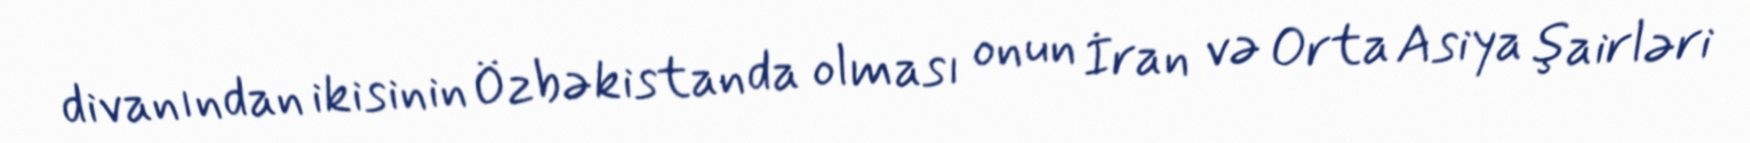
divanından ikisinin Özbəkistanda olması onun İran və Orta Asiya şairləri